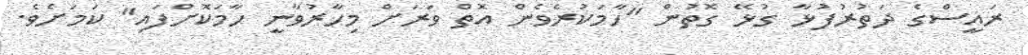
ރައީސްގެ ދަތުރުފުޅާ ގުޅޭ ގޮތުން "ހާމަކުރެވެން އޮތް ވަރަށް މިހާރުވާނީ ހާމަކޮށްފައި" ކަމަށެވެ.